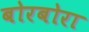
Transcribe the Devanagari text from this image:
बोरबोरा